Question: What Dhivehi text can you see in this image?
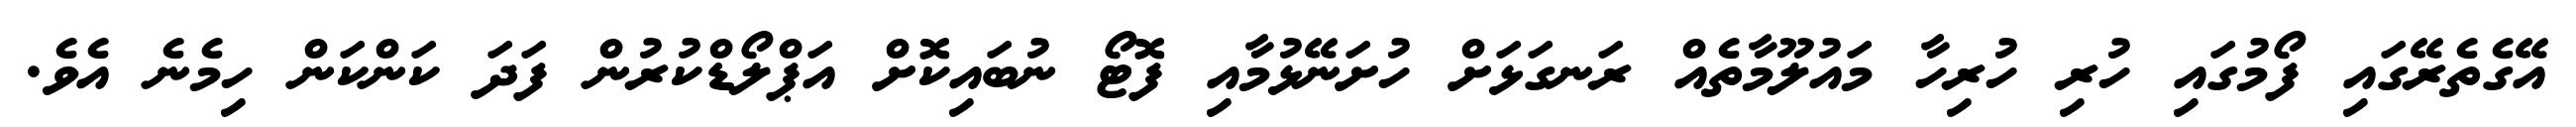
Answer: އޭގެތެރޭގައި ފޯމުގައި ހުރި ހުރިހާ މައުލޫމާތެއް ރަނގަޅަށް ހުށަނޭޅުމާއި ފޮޓޯ ނުބައިކޮށް އަޕްލޯޑްކުރުން ފަދަ ކަންކަން ހިމެނެ އެވެ.